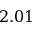
2 . 0 1